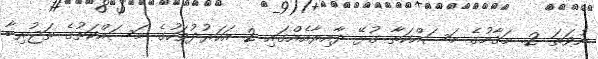
ނުވަތަ 2. މަޤާމުގެ މަސައްކަތާ ގުޅޭ ދާއިރާއެއްގައި 2 އަހަރުދުވަހުގެ މަސައްކަތުގެ ތަޖުރިބާ